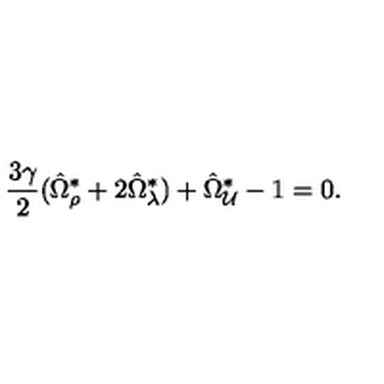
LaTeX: \frac { 3 \gamma } { 2 } ( \hat { \Omega } _ { \rho } ^ { \ast } + 2 \hat { \Omega } _ { \lambda } ^ { \ast } ) + \hat { \Omega } _ { \cal U } ^ { \ast } - 1 = 0 .